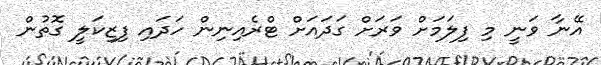
އޭނާ ވަނީ މި ފިލަމަށް ވަރަށް ގަދައަށް ޓްރެއިނިން ހަދައި ފިޒިކަލީ ގޮތުން